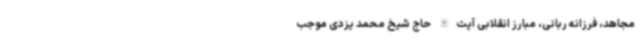
مجاهد، فرزانه ربانی، مبارز انقلابی آیت‌الله حاج شیخ محمد یزدی موجب